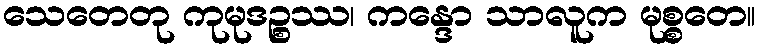
သေတေတု ကုမုဒဉ္စဿ၊ ကန္ဒော သာလူက မုစ္စတေ။